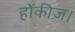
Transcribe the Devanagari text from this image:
होंकीज़।